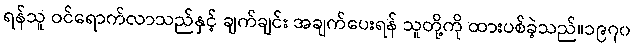
ရန်သူ ဝင်ရောက်လာသည်နှင့် ချက်ချင်း အချက်ပေးရန် သူတို့ကို ထားပစ်ခဲ့သည်။၁၉၇၀